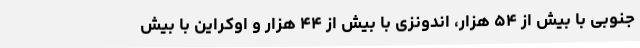
جنوبی با بیش از ۵۴ هزار، اندونزی با بیش از ۴۴ هزار و اوکراین با بیش